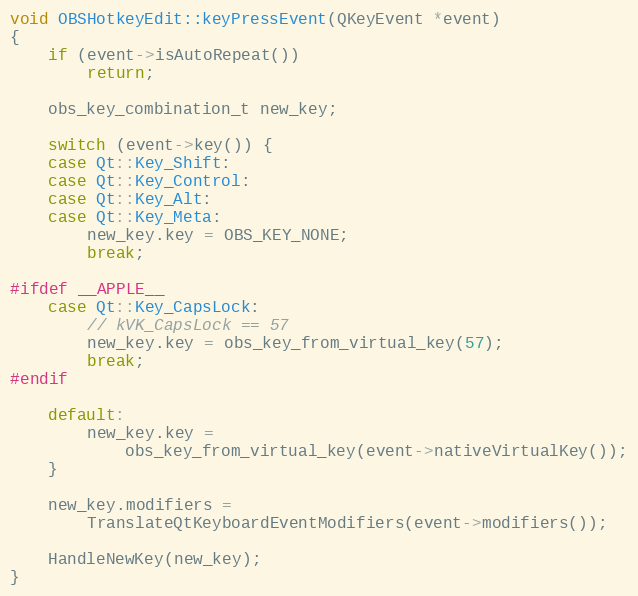
Language: C++
void OBSHotkeyEdit::keyPressEvent(QKeyEvent *event)
{
	if (event->isAutoRepeat())
		return;

	obs_key_combination_t new_key;

	switch (event->key()) {
	case Qt::Key_Shift:
	case Qt::Key_Control:
	case Qt::Key_Alt:
	case Qt::Key_Meta:
		new_key.key = OBS_KEY_NONE;
		break;

#ifdef __APPLE__
	case Qt::Key_CapsLock:
		// kVK_CapsLock == 57
		new_key.key = obs_key_from_virtual_key(57);
		break;
#endif

	default:
		new_key.key =
			obs_key_from_virtual_key(event->nativeVirtualKey());
	}

	new_key.modifiers =
		TranslateQtKeyboardEventModifiers(event->modifiers());

	HandleNewKey(new_key);
}